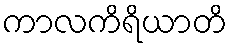
ကာလကိရိယာတိ